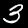
Digit: 3